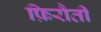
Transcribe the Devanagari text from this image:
फ़िरौती